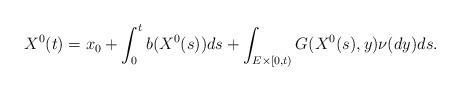
\begin{align*}X^{0}(t)=x_{0}+\int_{0}^{t}b(X^{0}(s))ds+\int_{E\times \lbrack0,t)}G(X^{0}(s),y)\nu (dy)ds. \end{align*}